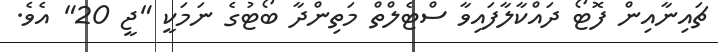
ޗައިނާއިން ފޮޓޯ ދައްކާލާފައިވާ ސްޓެލްތް މަތިންދާ ބޯޓުގެ ނަމަކީ "ޖީ 20" އެވެ.